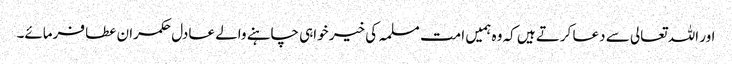
اور اللہ تعالی سے دعا کرتے ہیں کہ وہ ہمیں امت مسلمہ کی خیر خواہی چاہنے والے عادل حکمران عطا فرمائے۔